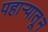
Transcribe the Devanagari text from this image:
पहाऱ्यातून